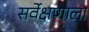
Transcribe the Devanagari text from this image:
सर्वेक्षणाला